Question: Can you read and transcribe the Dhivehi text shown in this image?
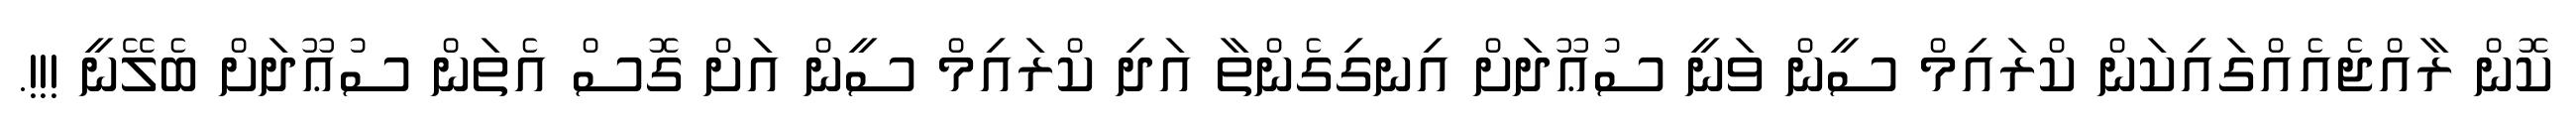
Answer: ކޮން ރާއްޖެއެއްގައިކަން ކްރައިމް ސީން ވަނީ ސުޢޫދަށް އިނގިގެންތާ އަދި ކްރައިމް ސީން އަށް ގޮސް އެތަން ސުޢޫދަށް ބެލޭނީ !!!.